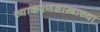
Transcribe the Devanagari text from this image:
व्याकरणशास्त्राच्या